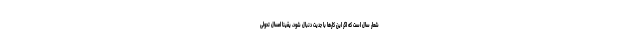
شعار سال است که اگر این کارها با جدیت دنبال شود، یقیناً امسال تحولی